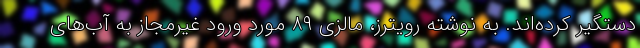
دستگیر کرده‌اند. به نوشته رویترز، مالزی ۸۹ مورد ورود غیرمجاز به آب‌های